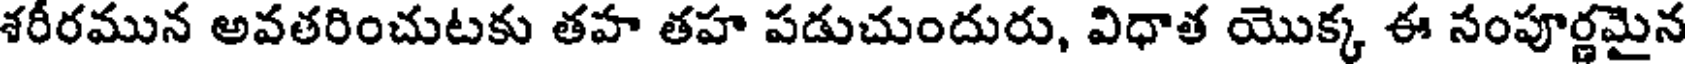
శరీరమున అవతరించుటకు తహ తహ పడుచుందురు, విధాత యొక్క ఈ సంపూర్ణమైన